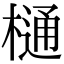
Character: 樋